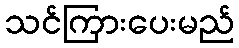
သင်ကြားပေးမည်